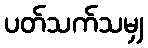
ပတ်သက်သမျှ